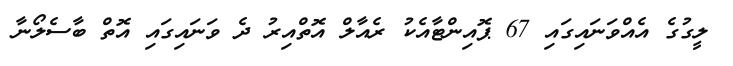
ލީގުގެ އެއްވަނައިގައި 67 ޕޮއިންޓާއެކު ރެއާލް އޮތްއިރު ދެ ވަނައިގައި އޮތް ބާސެލޯނާ